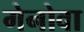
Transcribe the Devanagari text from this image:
गेनोवा